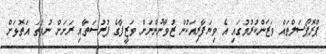
ޕްރޮޕޯސަލްތައް ވަޒަންކުރުމުގައި އެ ވިޔަފާރިއަކުން ޒުވާނުންނަށް ވަޒީފާގެ ފުރުސަތާއި ރަށަށް ނުވަތަ އަތޮޅަށް